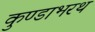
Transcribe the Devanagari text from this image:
कुण्डाभरथ